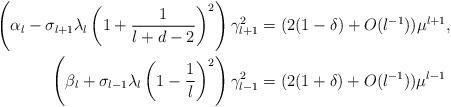
LaTeX: \begin{align*}\left(\alpha_{\l} - \sigma_{\l+1} \lambda_{\l}\left(1+\frac{1}{\l+d-2}\right)^2\right) \gamma_{\l+1}^2 &= (2(1-\delta) + O(\l^{-1})) \mu^{\l+1}, \\\left(\beta_{\l} + \sigma_{\l-1} \lambda_{\l}\left(1-\frac{1}{\l}\right)^2\right) \gamma_{\l-1}^2 &= (2(1+\delta) + O(\l^{-1})) \mu^{\l-1}\end{align*}